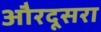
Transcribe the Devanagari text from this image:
औरदूसरा